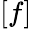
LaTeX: [f]